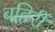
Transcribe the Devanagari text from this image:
बहिरीं